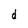
Character: d